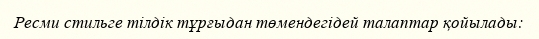
Ресми стильге тілдік тұрғыдан төмендегідей талаптар қойылады: